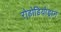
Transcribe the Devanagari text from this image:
रोडोडियोड्रान